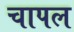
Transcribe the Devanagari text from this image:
चापल